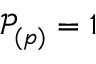
\mathop { \mathcal { P } _ { ( p ) } ^ { } } = 1